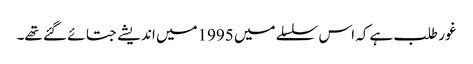
غور طلب ہے کہ اس سلسلے میں 1995میں اندیشے جتائے گئے تھے۔